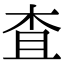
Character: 查